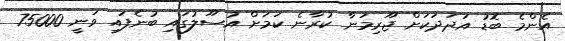
އެންމެ ބޮޑު އަދަދަކަށް ޖޫރިމަނާ ކުރާނެ ކަމަށް އުސޫލުގައި ބުނެފައި ވަނީ 75000